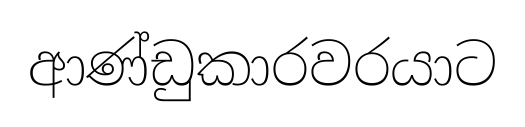
ආණ්ඩුකාරවරයාට